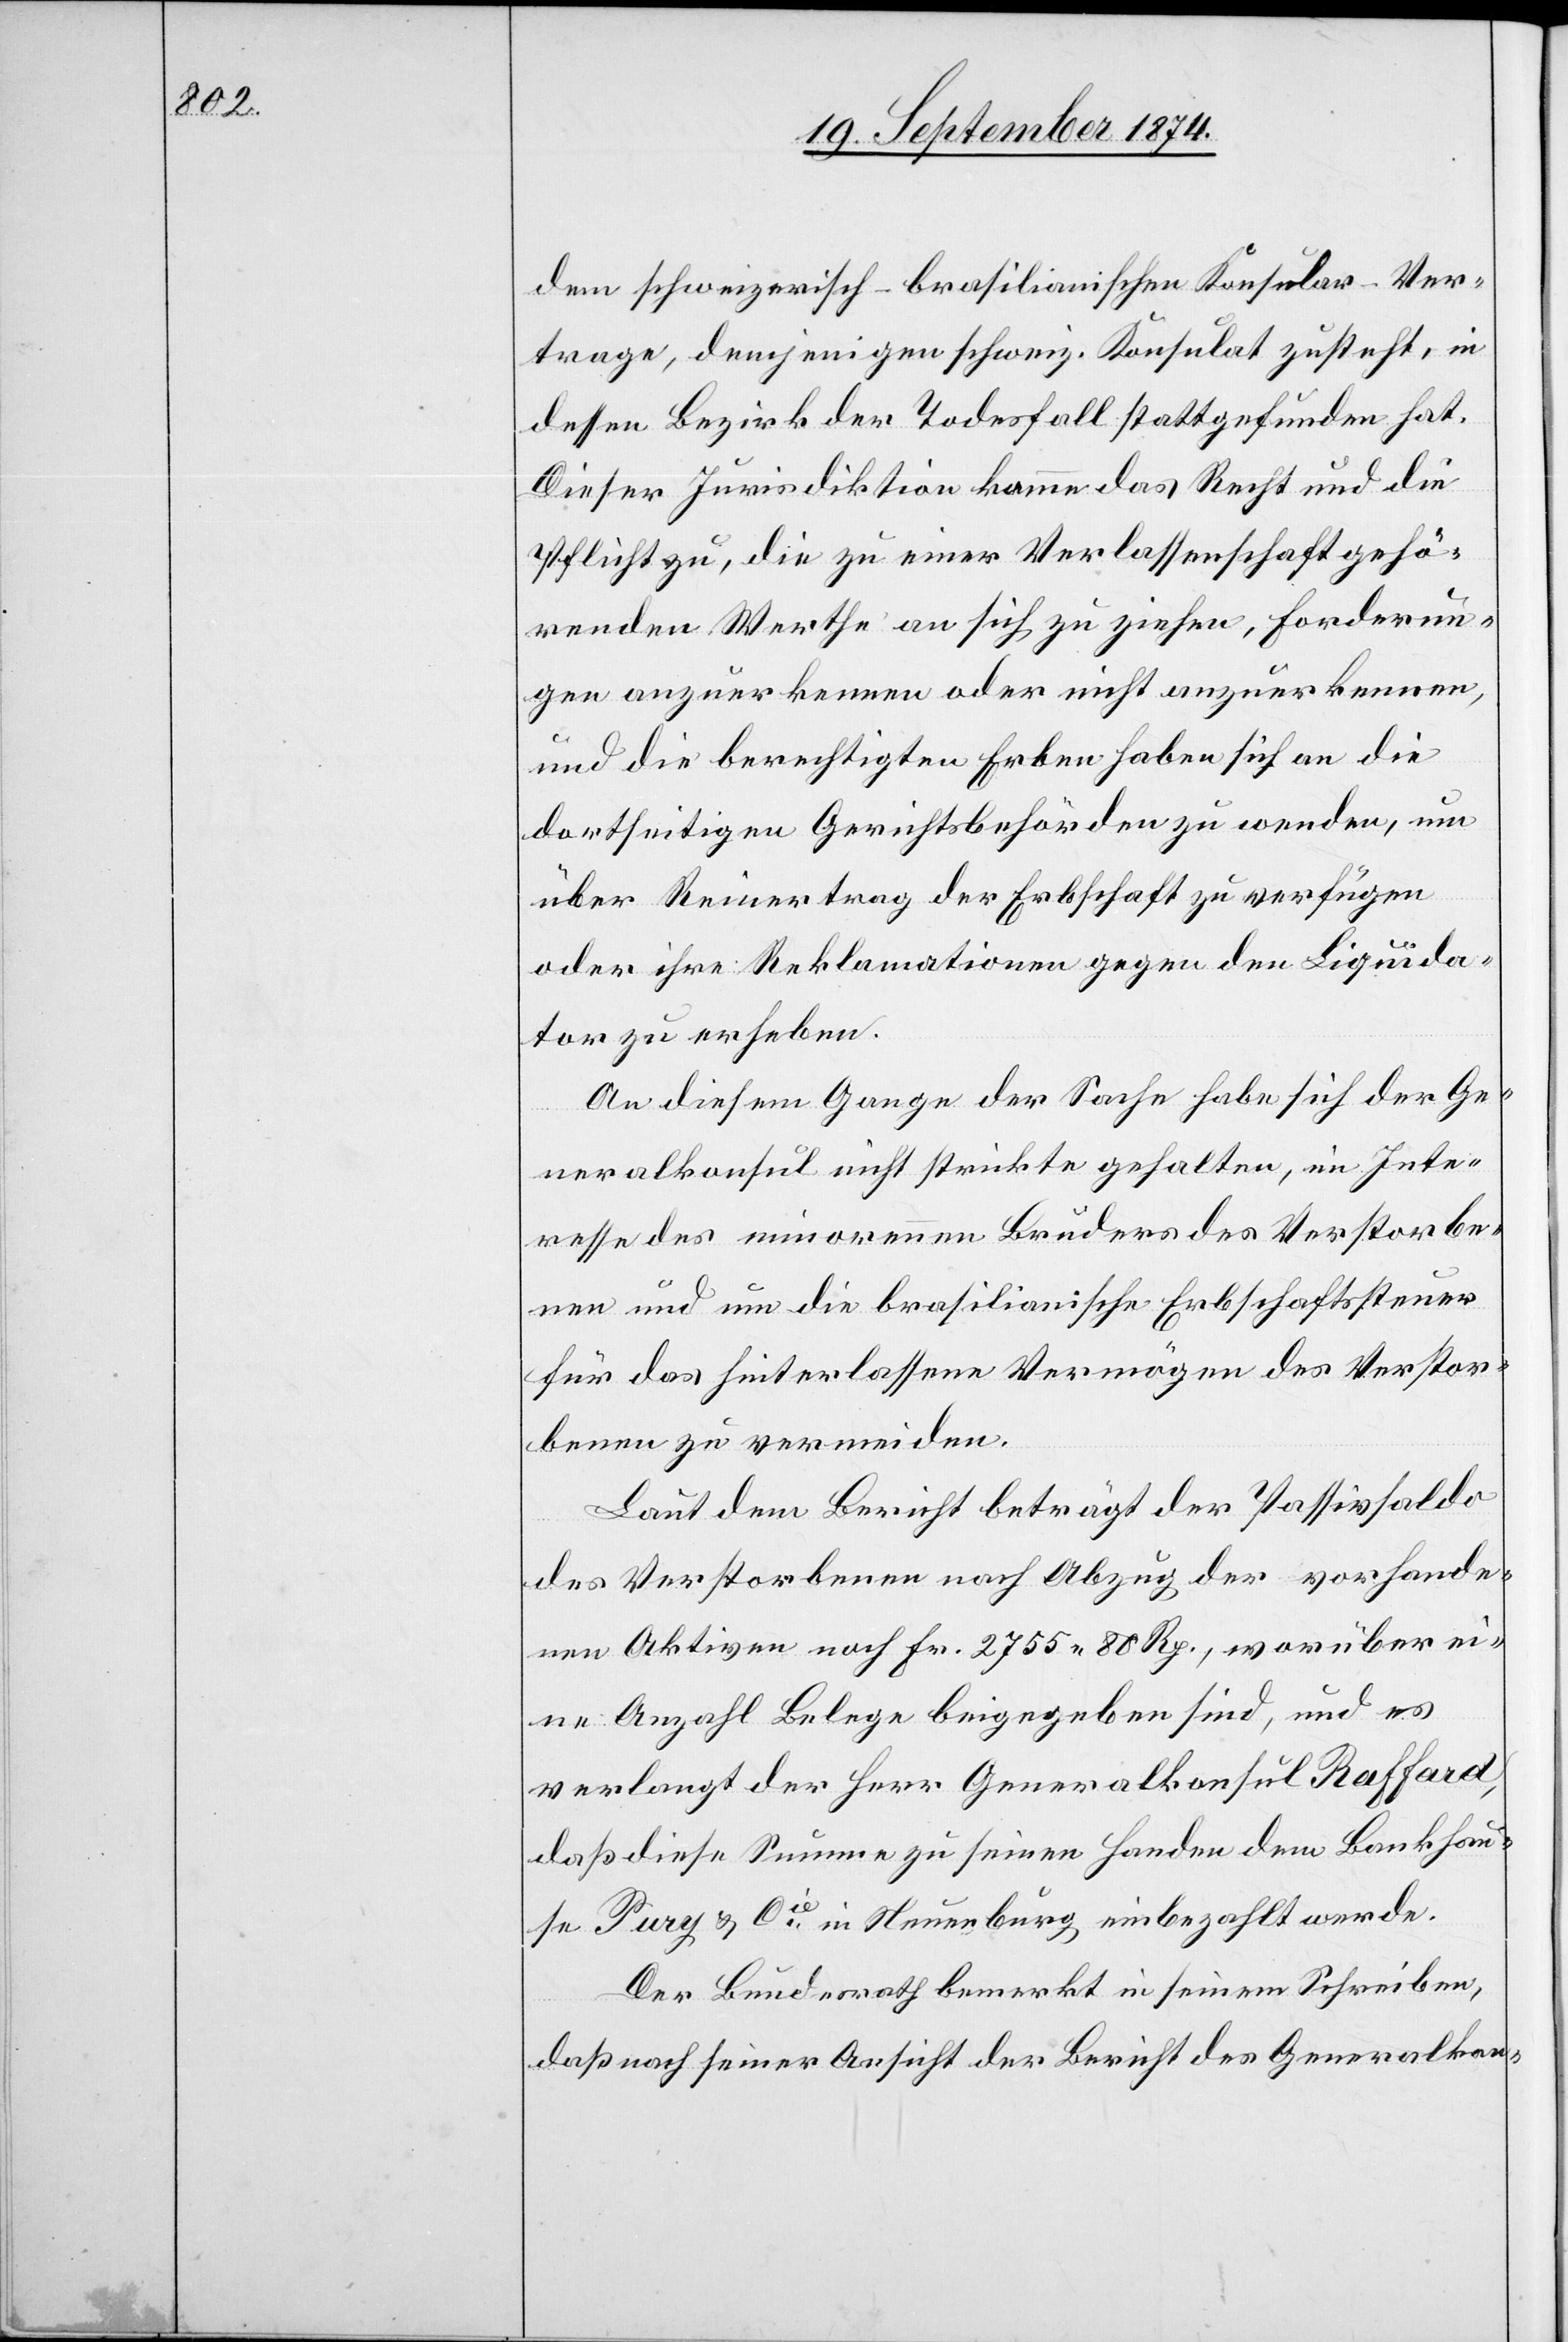
dem schweizerisch-brasilianischen Konsular-Ver¬
trage, demjenigen schweiz. Konsulat zusteht, in
dessen Bezirk der Todesfall stattgefunden hat.
Dieser Jurisdiktion komme das Recht und die
Pflicht zu, die zu einer Verlassenschaft gehö¬
renden Werthe an sich zu ziehen, Forderun¬
gen anzuerkennen oder nicht anzuerkennen,
und die berechtigten Erben haben sich an die
dortseitigen Gerichtsbehörden zu wenden, um
über Reinertrag der Erbschaft zu verfügen
oder ihre Reklamationen gegen den Liquida¬
tor zu erheben.
Generalkonsul nicht strickte gehalten, im Inte¬
resse des minorennen Bruders des Verstorbe¬
nen und um die brasilianische Erbschaftssteuer
für das hinterlassene Vermögen des Verstor¬
benen zu vermeiden.
Laut dem Bericht beträgt der Passivsaldo
des Verstorbenen nach Abzug der vorhande¬
nen Aktiven noch Fr. 2755.80 Rp., worüber ei¬
ne Anzahl Belege beigegeben sind, und es
verlangt der Herr Generalkonsul Raffard,
daß diese Summe zu seinen Handen dem Bankhau¬
se Pury & Cie in Neuenburg einbezahlt werde.
Der Bundesrath bemerkt in seinem Schreiben,
daß nach seiner Ansicht der Bericht des Generalkon-